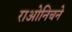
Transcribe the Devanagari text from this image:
राओनिचने